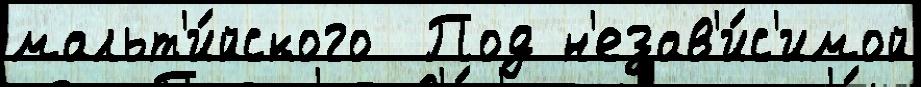
мальт'и́йского  Под н'езав'и́с'имой